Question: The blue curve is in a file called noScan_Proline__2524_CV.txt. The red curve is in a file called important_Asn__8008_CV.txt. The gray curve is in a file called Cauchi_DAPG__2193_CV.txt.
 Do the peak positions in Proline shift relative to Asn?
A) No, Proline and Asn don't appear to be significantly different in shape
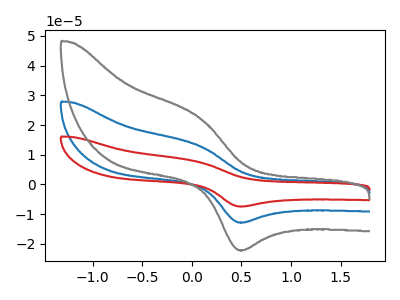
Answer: <think>The blue curve "Proline" has an anodic peak at (0.05V, 13.15uA) and a cathodic peak at (0.50V, -12.75uA). The red curve "Asn" has an anodic peak at (0.05V, 26.25uA) and a cathodic peak at (0.50V, -25.55uA). The gray curve "DAPG" has an anodic peak at (0.05V, 22.70uA) and a cathodic peak at (0.50V, -22.10uA).
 All the peaks in "Proline" have a peak in "Asn" at the same potential. Every peak in "Proline" is lower than every peak in "Asn".</think>
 <answer>A) No, "Proline" and "Asn" don't appear to be significantly different in shape</answer>
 <eval>A</eval>